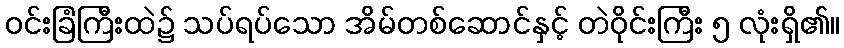
ဝင်းခြံကြီးထဲ၌ သပ်ရပ်သော အိမ်တစ်ဆောင်နှင့် တဲဝိုင်းကြီး ၅ လုံးရှိ၏။